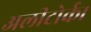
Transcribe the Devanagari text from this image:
अलीटोर्क।